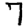
Digit: 7